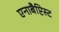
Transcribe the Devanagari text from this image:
एनाबैप्टिस्ट